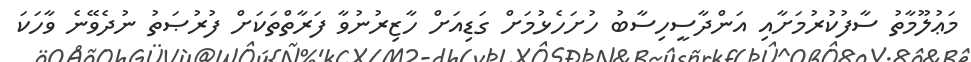
މަޢުލޫމާތު ސާފުކުރުމަށާއި އަންދާސީހިސާބު ހުށަހެޅުމަށް ގަޑިއަށް ހާޒިރުނުވާ ފަރާތްތަކަށް ފުރުޞަތު ނުދެވޭނެ ވާހަކަ